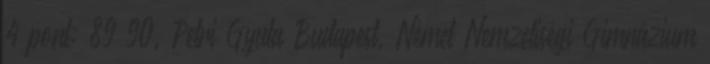
4 pont; 89–90. Petri Gyula Budapest, Német Nemzetiségi Gimnázium